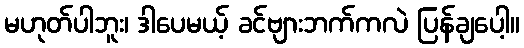
မဟုတ်ပါဘူး၊ ဒါပေမယ့် ခင်ဗျားဘက်ကလဲ ပြန်ချပေါ့။